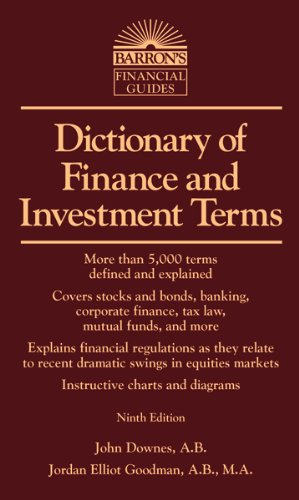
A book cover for Dictionary of Finance and Investment Terms (Barron's Business Dictionaries); John Downes; Reference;